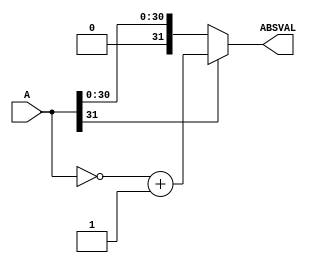


////// RTL for DW01_absval //////
module DW01_absval (A,ABSVAL)/* synthesis syn_builtin_du = "weak" */;

//parameter declaration
parameter width = 32;

//ports declaration
input [width-1:0] A;
output [width-1:0] ABSVAL;

assign ABSVAL = A[width-1] ? ~A + 1: A;

endmodule